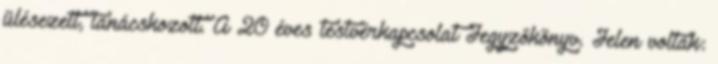
ülésezett, tanácskozott. A 20 éves testvérkapcsolat Jegyzőkönyv. Jelen voltak: